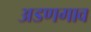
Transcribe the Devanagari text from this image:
अडणगाव